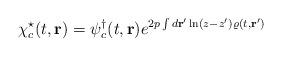
LaTeX: \begin{align*}\chi^\star_c (t,{\bf r})=\psi^\dagger_c (t,{\bf r})e^{2p\int d{\bf r}'\ln(z-z')\varrho (t,{\bf r}')}\end{align*}